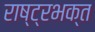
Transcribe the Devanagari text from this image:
राष्ट्रभक्त